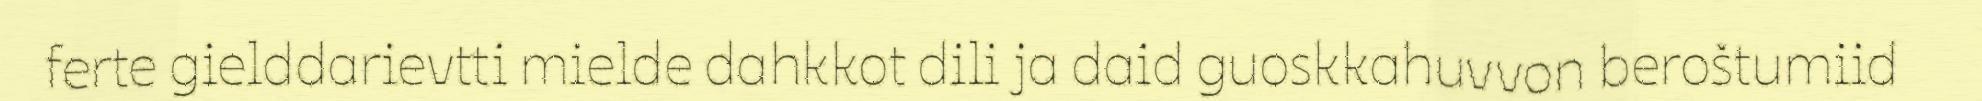
ferte gielddarievtti mielde dahkkot dili ja daid guoskkahuvvon beroštumiid